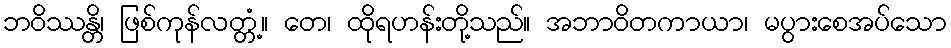
ဘဝိဿန္တိ၊ ဖြစ်ကုန်လတ္တံ့။ တေ၊ ထိုရဟန်းတို့သည်။ အဘာဝိတကာယာ၊ မပွားစေအပ်သော